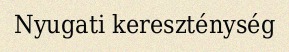
Nyugati kereszténység